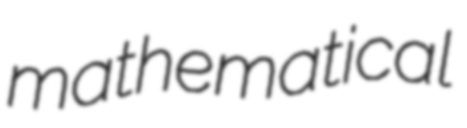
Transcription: mathematical